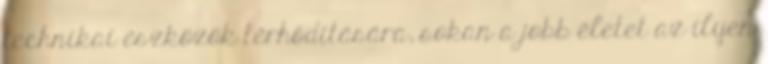
technikai eszközök térhódítására, sokan a jobb életet az ilyen